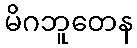
မိဂဘူတေန